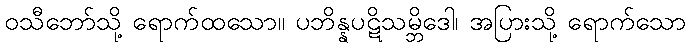
ဝသီဘော်သို့ ရောက်ထသော။ ပဘိန္နပဋိသမ္ဘိဒေါ၊ အပြားသို့ ရောက်သော